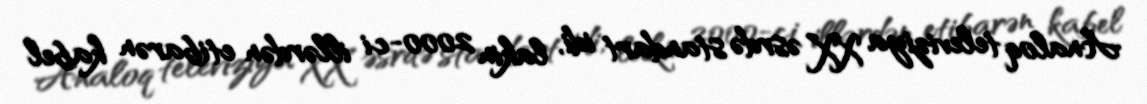
Analoq televiziya XX əsrdə standart idi, lakin 2000-ci illərdən etibarən kabel